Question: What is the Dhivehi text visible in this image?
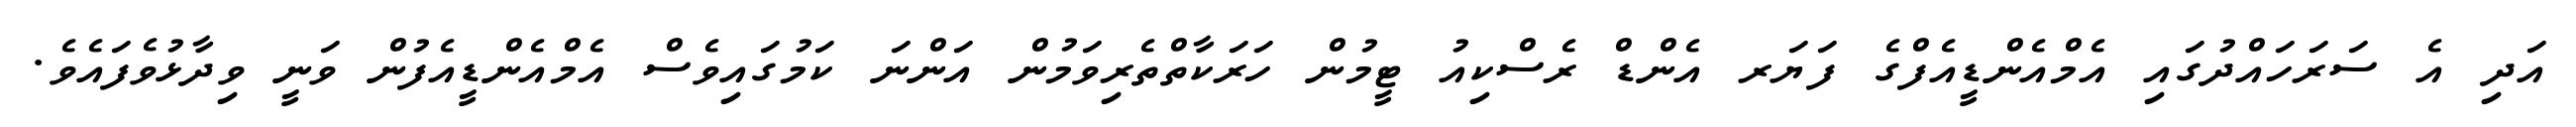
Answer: އަދި އެ ސަރަހައްދުގައި އެމްއެންޑީއެފްގެ ފަޔަރ އެންޑް ރެސްކިއު ޓީމުން ހަރަކާތްތެރިވަމުން އަންނަ ކަމުގައިވެސް އެމްއެންޑީއެފުން ވަނީ ވިދާޅުވެފައެވެ.